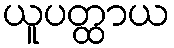
ယူပတ္ထာယ